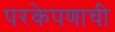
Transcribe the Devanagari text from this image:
परकेपणाची